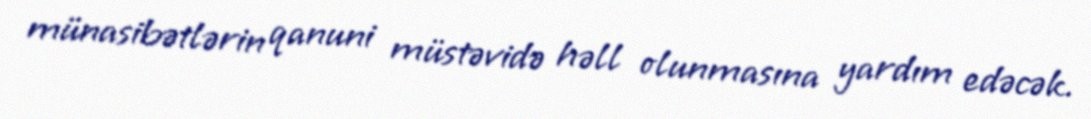
münasibətlərin qanuni müstəvidə həll olunmasına yardım edəcək.